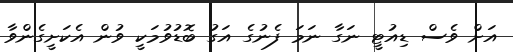
އަށް ވެސް ޑިއުޓީ ނަގާ ނަމަ ފެނުގެ އަގު ބޮޑުވުމަކީ ވުން އެކަށީގެންވާ